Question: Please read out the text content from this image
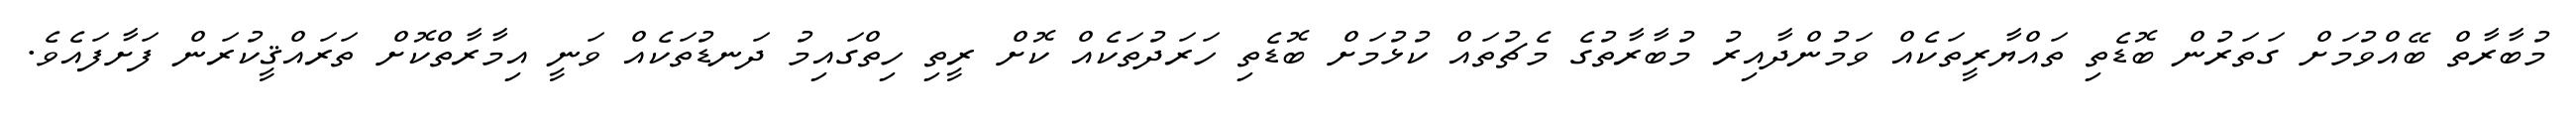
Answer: މުބާރާތް ބޭއްވުމަށް ގަތަރުން ބޮޑެތި ތައްޔާރީތަކެއް ވަމުންދާއިރު މުބާރާތުގެ މެޗުތައް ކުޅުމަށް ބޮޑެތި ހަރަދުތަކެއް ކޮށް ރީތި ހިތްގައިމު ދަނޑުތަކެއް ވަނީ އިމާރާތްކޮށް ތަރައްޤީކުރަން ފަށާފައެވެ.